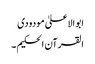
ابو الاعلیٰ مودودی
القرآن الحکیم ۔